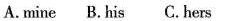
A. mine B. His C. Hers